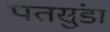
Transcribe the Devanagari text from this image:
पतसुंडा